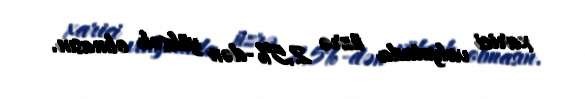
xarici valyutada üzrə 2,5%-dən yüksək olmasın.